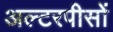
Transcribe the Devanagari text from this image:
अल्टरपीसों